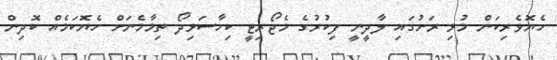
ހެޔޮވެރިކަން މުޅި ރަށުގައި ލާދީނީ ފިކުރުގެ މެޖޯރިޓީ ކިހާސަޅިދޯ ތިމާމެނަށް ހެޔޮކަމެއް ކޮދިން